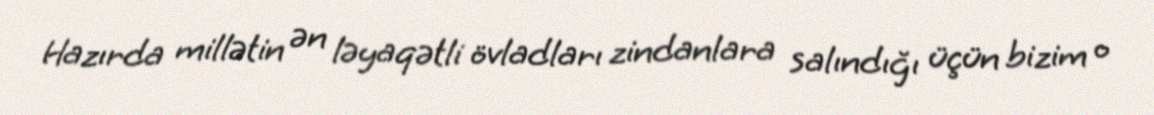
Hazırda millətin ən ləyaqətli övladları zindanlara salındığı üçün bizim o